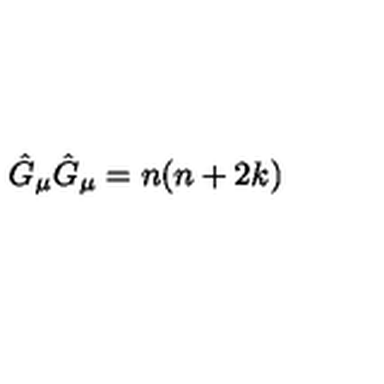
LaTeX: \hat { G } _ { \mu } \hat { G } _ { \mu } = n ( n + 2 k )